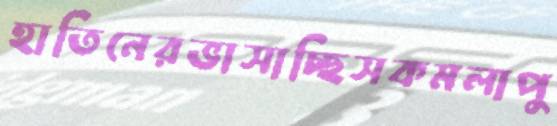
হাতিনেরভাসাচ্ছিসকমলাপু